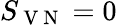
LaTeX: S_{\mathrm{~V~N~}}=0